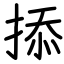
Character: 掭